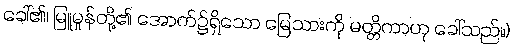
ခေါ်၏၊ မြူမှုန်တို့၏ အောက်၌ရှိသော မြေသားကို မတ္တိကာဟု ခေါ်သည်။)